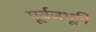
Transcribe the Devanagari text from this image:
पूर्वजभूमि